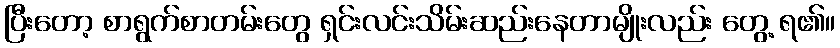
ပြီးတော့ စာရွက်စာတမ်းတွေ ရှင်းလင်းသိမ်းဆည်းနေတာမျိုးလည်း တွေ့ ရ၏။